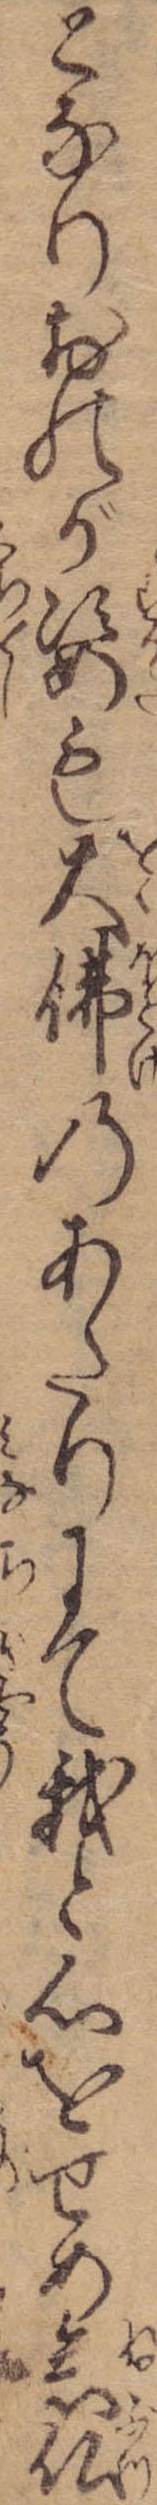
となりおのが姿も大仏のあたりにて我と心をせめ念仏